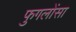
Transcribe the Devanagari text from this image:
फुगलोंसा